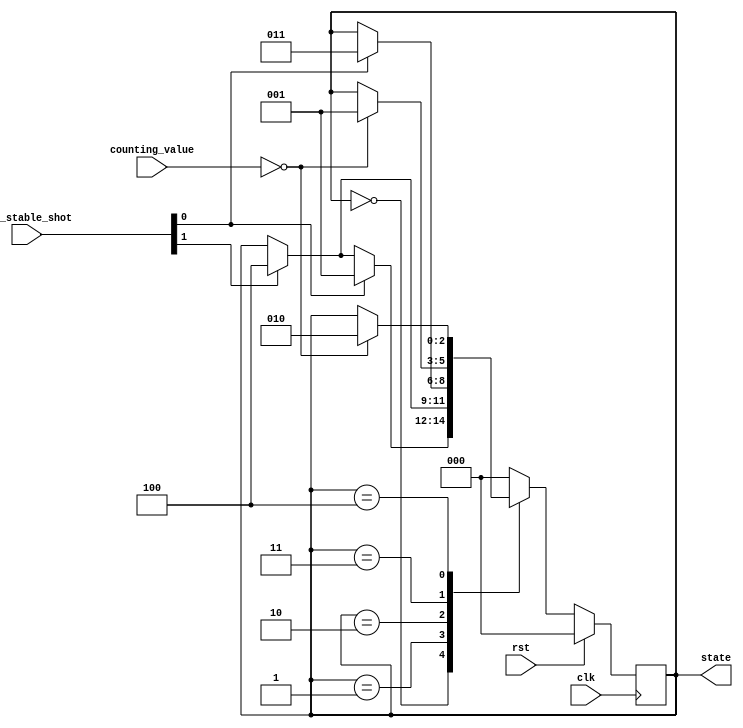
module state_machine(
    input   wire    rst,
    input   wire    clk,
    
    input   wire    [2:0]   btn_stable_shot,
    input   wire    [2:0]   counting_value,
    output  reg     [2:0]   state
);

parameter   state_idle          =   3'd0;
parameter   state_floor1        =   3'd1;
parameter   state_floor2        =   3'd2;
parameter   state_going_to_1    =   3'd3;
parameter   state_going_to_2    =   3'd4;

always @ (posedge clk) begin
    if(rst) state   <=  state_idle;
    else begin
        case(state)
            state_idle: begin
                if(btn_stable_shot[0])      state   <=  state_floor1;       //btn0 --> go to floor 1
                else if(btn_stable_shot[1]) state   <=  state_going_to_2;   //btn1 --> go to floor 2
            end
            state_floor1: begin
                if(btn_stable_shot[1])      state   <=  state_going_to_2;   //btn1 --> go to floor 2
            end
            state_floor2: begin
                if(btn_stable_shot[0])      state   <=  state_going_to_1;   //btn0 --> go to floor 1
            end
            state_going_to_1: begin
                if(counting_value == 0)     state   <=  state_floor1;       //take 5 seconds until going to floor 1
            end
            state_going_to_2: begin
                if(counting_value == 0)     state   <=  state_floor2;       //take 5 seconds until going to floor 2
            end
            default: state  <=  state_idle;
        endcase
    end
end

endmodule